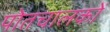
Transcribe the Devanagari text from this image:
पोतचालकों